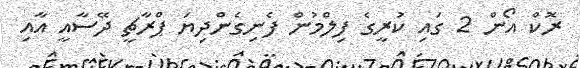
ރޮކް އޯން 2 ގައި ކުރީގެ ފިލްމުން ފެނިގެންދިޔަ ޕްރާޗީ ދޭސާއީ އާއި